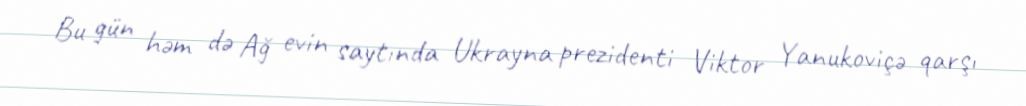
Bu gün həm də Ağ evin saytında Ukrayna prezidenti Viktor Yanukoviçə qarşı